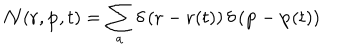
LaTeX: { \cal N } ( { \bf r } , { \bf p } , t ) = \sum _ { a } \delta \left( { \bf r } - { \bf r } ( t ) \right) \delta \left( { \bf p } - { \bf p } ( t ) \right)